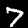
Label: 7